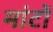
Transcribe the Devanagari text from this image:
मांटों